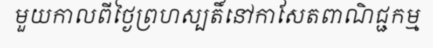
មួយកាលពីថ្ងៃព្រហស្បតិ៍នៅកាសែតពាណិជ្ជកម្ម